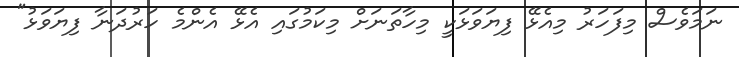
ނަމަވެސް މިފަހަރު މިއެޅޭ ފިޔަވަޅަކީ މިހާތަނަށް މިކަމުގައި އެޅޭ އެންމެ ހަރުދަނާ ފިޔަވަޅު"